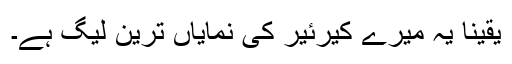
یقینا یہ میرے کیرئیر کی نمایاں ترین لیگ ہے۔